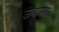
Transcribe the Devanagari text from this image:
उबाशी